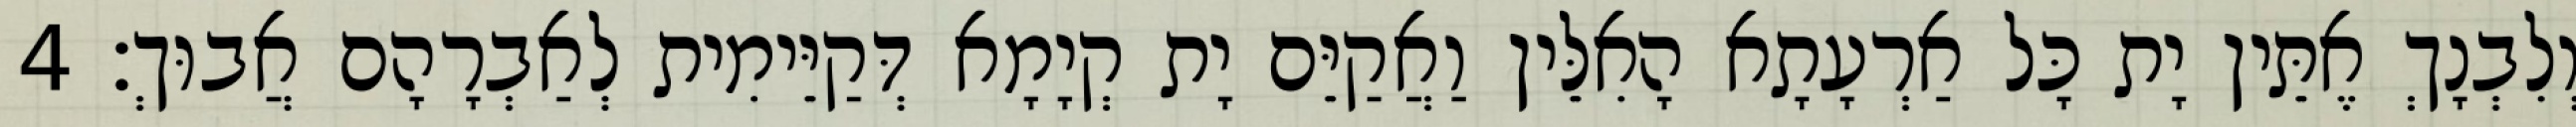
וְלִבְנָךְ אֶתֵּין יָת כָּל אַרְעָתָא הָאִלֵּין וַאֲקַיֵּם יָת קְיָמָא דְּקַיֵּימִית לְאַבְרָהָם אֲבוּךְ׃ 4